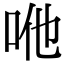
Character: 咃